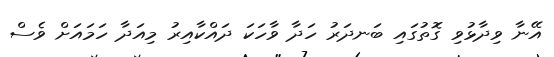
އޭނާ ވިދާޅުވި ގޮތުގައި ބަނދަރު ހަދާ ވާހަކަ ދައްކާއިރު މިއަދާ ހަމައަށް ވެސް